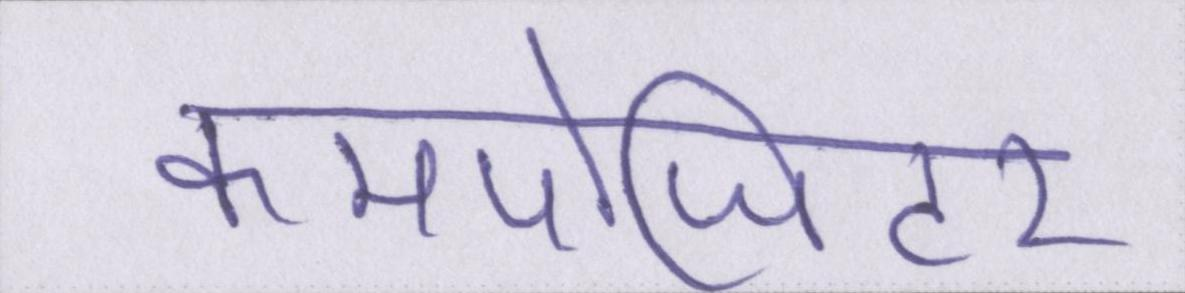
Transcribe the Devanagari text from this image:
कमपोजिटर